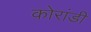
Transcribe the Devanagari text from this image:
कोरांडी